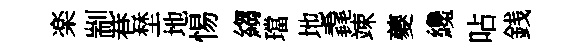
楽剬巷埜地惕縐璫地毳竦夔纔呫銭